Civil Veterinary Dept. Assam report 1911-1927 - 1911-1927
Year: 1911
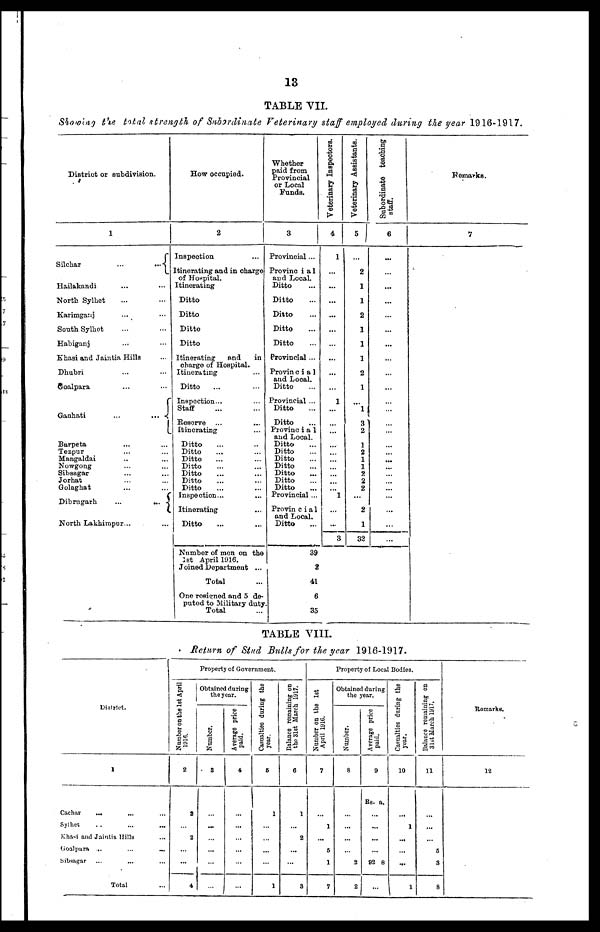
13
TABLE VII.
Showing the total strength of Subordinate Veterinary staff employed during the year 1916-1917.
District or subdivision.
1
Silchar
...
...
Hailakandi ... ...
North Sylhet ... ...
Karimganj ... ...
South Sylhet ... ...
Habiganj ... ...
Khasi and Jaintia Hills ...
Dhubri ... ...
Goalpara ... ...
Ganhati
...
...
I
Barpeta ... ...
Tezpur ... ...
Mangaldai ... ...
Nowgong ... ...
Sibsagar ... ...
Jorhat ... ...
Golaghat ... ...
Dibrugarh
...
...
North Lakhirapur ... ...
How occupied.
2
Inspection ...
Itinerating and in charge
of Hospital.
Itinerating
Ditto
Ditto
Ditto
Ditto
Itinerating
and in
charge of Hospital.
Itinerating
Ditto
Inspection... ...
Staff
Reserve ... ...
Itinerating
Ditto
Ditto
Ditto
Ditto
Ditto
Ditto
Ditto
Inspection ... ...
Itinerating
Ditto
Number of men on the
1st April 1916.
Joined Department ...
Total
One resigned and 5 de-
puted to Military duty
Total
Whether
paid from
Provincial
or Local
Funds.
3
Provincial ...
Provinc i a 1
and Local.
Ditto
Ditto
Ditto
Ditto
Ditto
Provincial ...
Provin c i a 1
and Local.
Ditto
Provincial ...
Ditto
Ditto
Provinc i a 1
and Local.
Ditto
Ditto
Ditto
Ditto
Ditto
Ditto
Ditto
Provincial ...
Provin c i a 1
and Local.
Ditto
39
2
41
6
35
Veterinary Inspectors.
4
1
...
...
...
...
...
...
1
...
1
...
3
Veterinary Assistants.
5
2
1
1
2
1
1
1
2
1
l
3
2
1
2
1
1
2
2
2
2
1
32
Subordinate teaching
staff.
6
...
...
...
...
...
...
...
Remarks.
7
TABLE VIII.
Return of Stud Bulls for the year 1916-1917.
District.
1
Cachar
...
Sylhet ... ... ...
Khasi and Jaintia Hills ...
Goalpara ...
...
...
Sibsagar ... ... ...
Total
Number on the 1st April
1916.
2
2
2
...
4
Property of Government.
Obtained during
the year.
Number.
3
Average price
paid.
4
Casualties during the
year.
5
1
1
Balance remaining on
the 31st March 1917.
6
1
2
...
3
Number on the 1st
April 1916.
7
1
...
6
1
7
Property of Local Bodies.
Obtained during
the year.
Number.
8
...
...
...
2
2
Average price
paid.
9
Rs. a.
...
...
...
92 8
Casualties during the
year.
10
1
...
...
1
Balance
remaining on
31st March 1917.
11
...
5
3
8
Remarks.
12